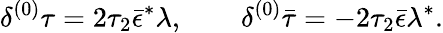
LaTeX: {\delta^{(0)}\tau=2\tau_{2}\bar{\epsilon}^{*}\lambda,\qquad\delta^{(0)}\bar{\tau}=-2\tau_{2}\bar{\epsilon}\lambda^{*}.}